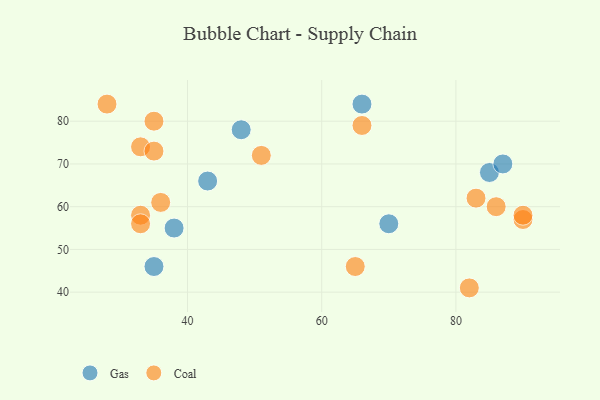
{"axis": {"x": "GDP", "y": "Life Expectancy"}, "legend": ["Coal", "Gas"], "data": [{"x": "38", "y": 55, "type": "Gas"}, {"x": "66", "y": 84, "type": "Gas"}, {"x": "70", "y": 56, "type": "Gas"}, {"x": "85", "y": 68, "type": "Gas"}, {"x": "35", "y": 46, "type": "Gas"}, {"x": "43", "y": 66, "type": "Gas"}, {"x": "87", "y": 70, "type": "Gas"}, {"x": "48", "y": 78, "type": "Gas"}, {"x": "36", "y": 61, "type": "Coal"}, {"x": "51", "y": 72, "type": "Coal"}, {"x": "66", "y": 79, "type": "Coal"}, {"x": "90", "y": 57, "type": "Coal"}, {"x": "90", "y": 58, "type": "Coal"}, {"x": "35", "y": 80, "type": "Coal"}, {"x": "33", "y": 74, "type": "Coal"}, {"x": "33", "y": 58, "type": "Coal"}, {"x": "33", "y": 56, "type": "Coal"}, {"x": "65", "y": 46, "type": "Coal"}, {"x": "28", "y": 84, "type": "Coal"}, {"x": "35", "y": 73, "type": "Coal"}, {"x": "82", "y": 41, "type": "Coal"}, {"x": "86", "y": 60, "type": "Coal"}, {"x": "83", "y": 62, "type": "Coal"}]}